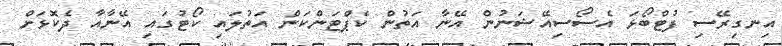
އިނގިރޭސި ފުޓްބޯޅަ އެސޯސިއޭޝަނުން އޭނާ އަތުން ކެޕްޓަންކަން އަތުލައި ކޯޓުގައި އޭނާއާ ދެކޮޅަށް